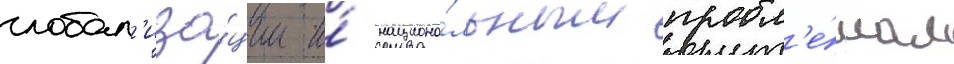
глобал'иза́ции и́ национа́льным пробл'е́мам